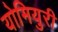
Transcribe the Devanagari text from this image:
योमियुरी